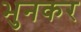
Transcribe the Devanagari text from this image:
भुनकर